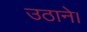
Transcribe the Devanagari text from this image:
उठाने।